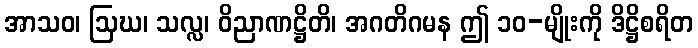
အာသဝ၊ ဩဃ၊ သလ္လ၊ ဝိညာဏဋ္ဌိတိ၊ အဂတိဂမန ဤ ၁၀-မျိုးကို ဒိဋ္ဌိစရိတ